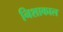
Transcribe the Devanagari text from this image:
निशाकाल